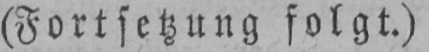
(Fortsetzung folgt.)